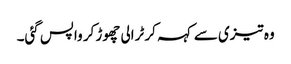
وہ تیزی سے کہہ کر ٹرالی چھوڑ کر واپس گئی۔